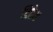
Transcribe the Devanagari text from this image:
विहेम